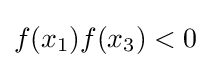
f(x_{1})f(x_{3})<0